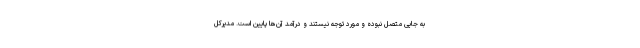
به جایی متصل نبوده و مورد توجه نیستند و درآمد آن‌ها پایین است. مدیرکل